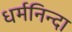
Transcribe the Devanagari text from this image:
धर्मनिन्दा